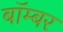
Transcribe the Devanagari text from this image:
बाॅम्बर